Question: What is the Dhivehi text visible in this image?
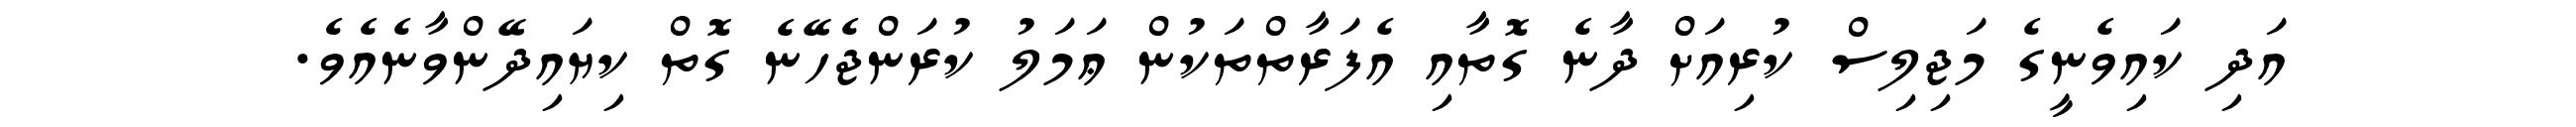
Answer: އަދި ކައިވެނީގެ މަޖިލިސް ކުރިއަށް ދާނެ ގޮތާއި އެފަރާތްތަކުން ޢަމަލު ކުރަންޖެހޭނެ ގޮތް ކިޔައިދޭންވާނެއެވެ.